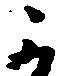
可